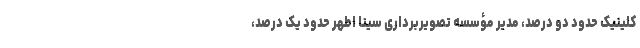
کلینیک حدود دو درصد، مدیر مؤسسه تصویربرداری سینا اطهر حدود یک درصد،